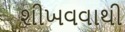
શીખવવાથી